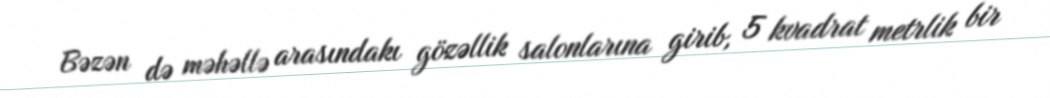
Bəzən də məhəllə arasındakı gözəllik salonlarına girib, 5 kvadrat metrlik bir